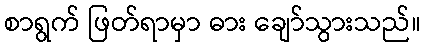
စာရွက် ဖြတ်ရာမှာ ဓား ချော်သွားသည်။